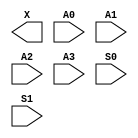
module sky130_fd_sc_hs__udp_mux_4to2 (
    X ,
    A0,
    A1,
    A2,
    A3,
    S0,
    S1
);

    output X ;
    input  A0;
    input  A1;
    input  A2;
    input  A3;
    input  S0;
    input  S1;
endmodule